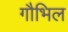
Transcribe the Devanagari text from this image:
गौभिल